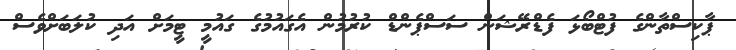
ޕާކިސްތާންގެ ފުޓްބޯޅަ ފެޑްރޭޝަން ސަސްޕެންޑް ކުރުމުން އެގައުމުގެ ގައުމީ ޓީމަށް އަދި ކުލަބަށްވެސް